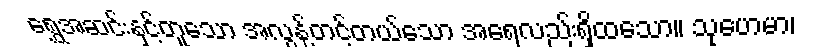
ရွှေအဆင်းနှင့်တူသော အလွန့်တင့်တယ်သော အရေလည်းရှိထသော။ သုဟေမာ၊